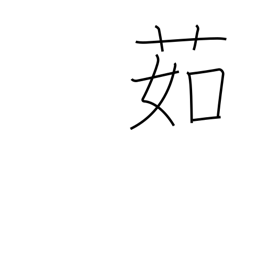
Meaning: boil